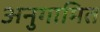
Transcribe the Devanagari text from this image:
अनुगामित